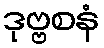
ဒုဗ္ဗစနံ